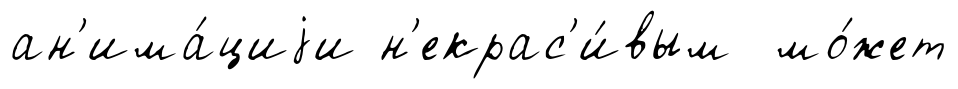
ан'има́циjи н'екрас'и́вым мо́жет